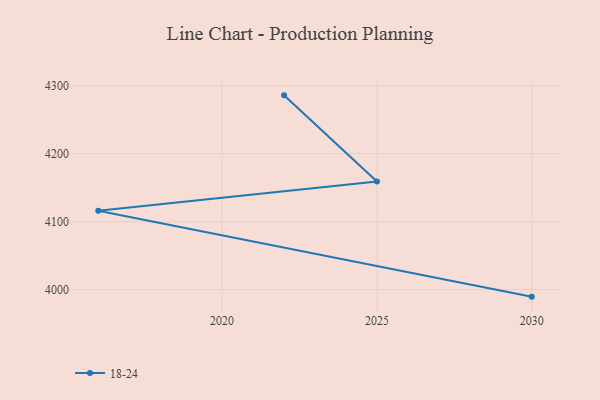
{"axis": {"x": "Year", "y": "Customer Acquisition Cost (USD)"}, "legend": ["18-24"], "data": [{"x": "2022", "y": 4285.7, "type": "18-24"}, {"x": "2025", "y": 4158.9, "type": "18-24"}, {"x": "2016", "y": 4116.0, "type": "18-24"}, {"x": "2030", "y": 3989.7, "type": "18-24"}]}